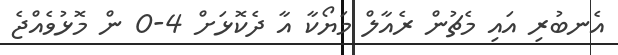
އެނބުރި އައި މެޗުން ރެއާލް މަޔޯކާ އާ ދެކޮޅަށް 4-0 ން މޮޅުވެއްޖެ